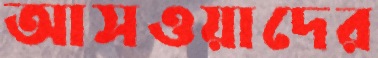
আসওয়াদের